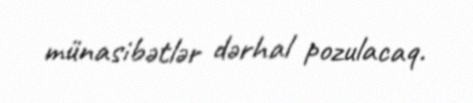
münasibətlər dərhal pozulacaq.